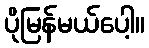
ပိုမြန်မယ်ပေါ့။